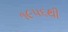
૧૯૫૬થી